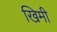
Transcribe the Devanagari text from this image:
खिमी